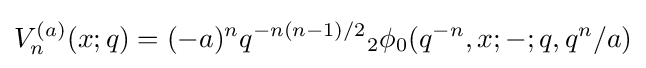
V_{n}^{(a)}(x;q)=(-a)^{n}q^{-n(n-1)/2}{}_{2}\phi _{0}(q^{-n},x;-;q,q^{n}/a)